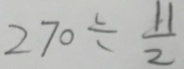
2 7 0 \div \frac { 1 1 } { 2 }